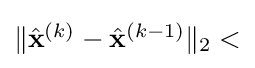
{\textstyle \|{\hat {\mathbf {x} }}^{(k)}-{\hat {\mathbf {x} }}^{(k-1)}\|_{2}<}